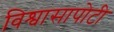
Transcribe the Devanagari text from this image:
विश्वासापोटी